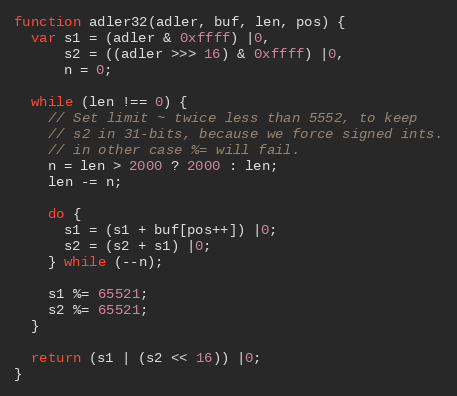
Language: JavaScript
function adler32(adler, buf, len, pos) {
  var s1 = (adler & 0xffff) |0,
      s2 = ((adler >>> 16) & 0xffff) |0,
      n = 0;

  while (len !== 0) {
    // Set limit ~ twice less than 5552, to keep
    // s2 in 31-bits, because we force signed ints.
    // in other case %= will fail.
    n = len > 2000 ? 2000 : len;
    len -= n;

    do {
      s1 = (s1 + buf[pos++]) |0;
      s2 = (s2 + s1) |0;
    } while (--n);

    s1 %= 65521;
    s2 %= 65521;
  }

  return (s1 | (s2 << 16)) |0;
}